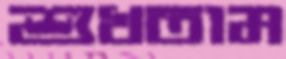
শুখতাম